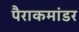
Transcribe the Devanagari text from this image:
पैराकमांडर